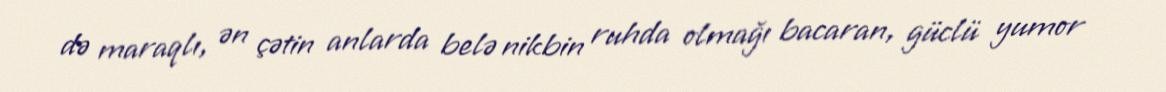
də maraqlı, ən çətin anlarda belə nikbin ruhda olmağı bacaran, güclü yumor